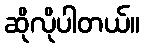
ဆိုလိုပါတယ်။